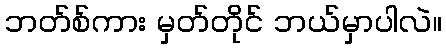
ဘတ်စ်ကား မှတ်တိုင် ဘယ်မှာပါလဲ။